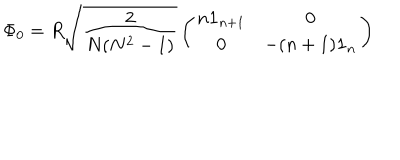
LaTeX: \Phi _ { 0 } = R \sqrt { \frac { 2 } { N ( N ^ { 2 } - 1 ) } } \left( \begin{matrix} { { n { \bf 1 } _ { n + 1 } } } & { { { \bf 0 } } } \\ { { { \bf 0 } } } & { { - ( n + 1 ) { \bf 1 } _ { n } } } \\ \end{matrix} \right)